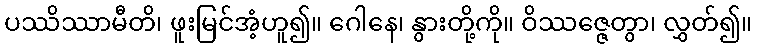
ပဿိဿာမီတိ၊ ဖူးမြင်အံ့ဟူ၍။ ဂေါနေ၊ နွားတို့ကို။ ဝိဿဇ္ဇေတွာ၊ လွှတ်၍။